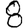
Digit: 8